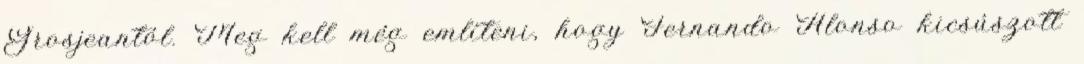
Grosjeantól. Meg kell még említeni, hogy Fernando Alonso kicsúszott